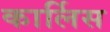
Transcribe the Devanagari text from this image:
कार्लिस